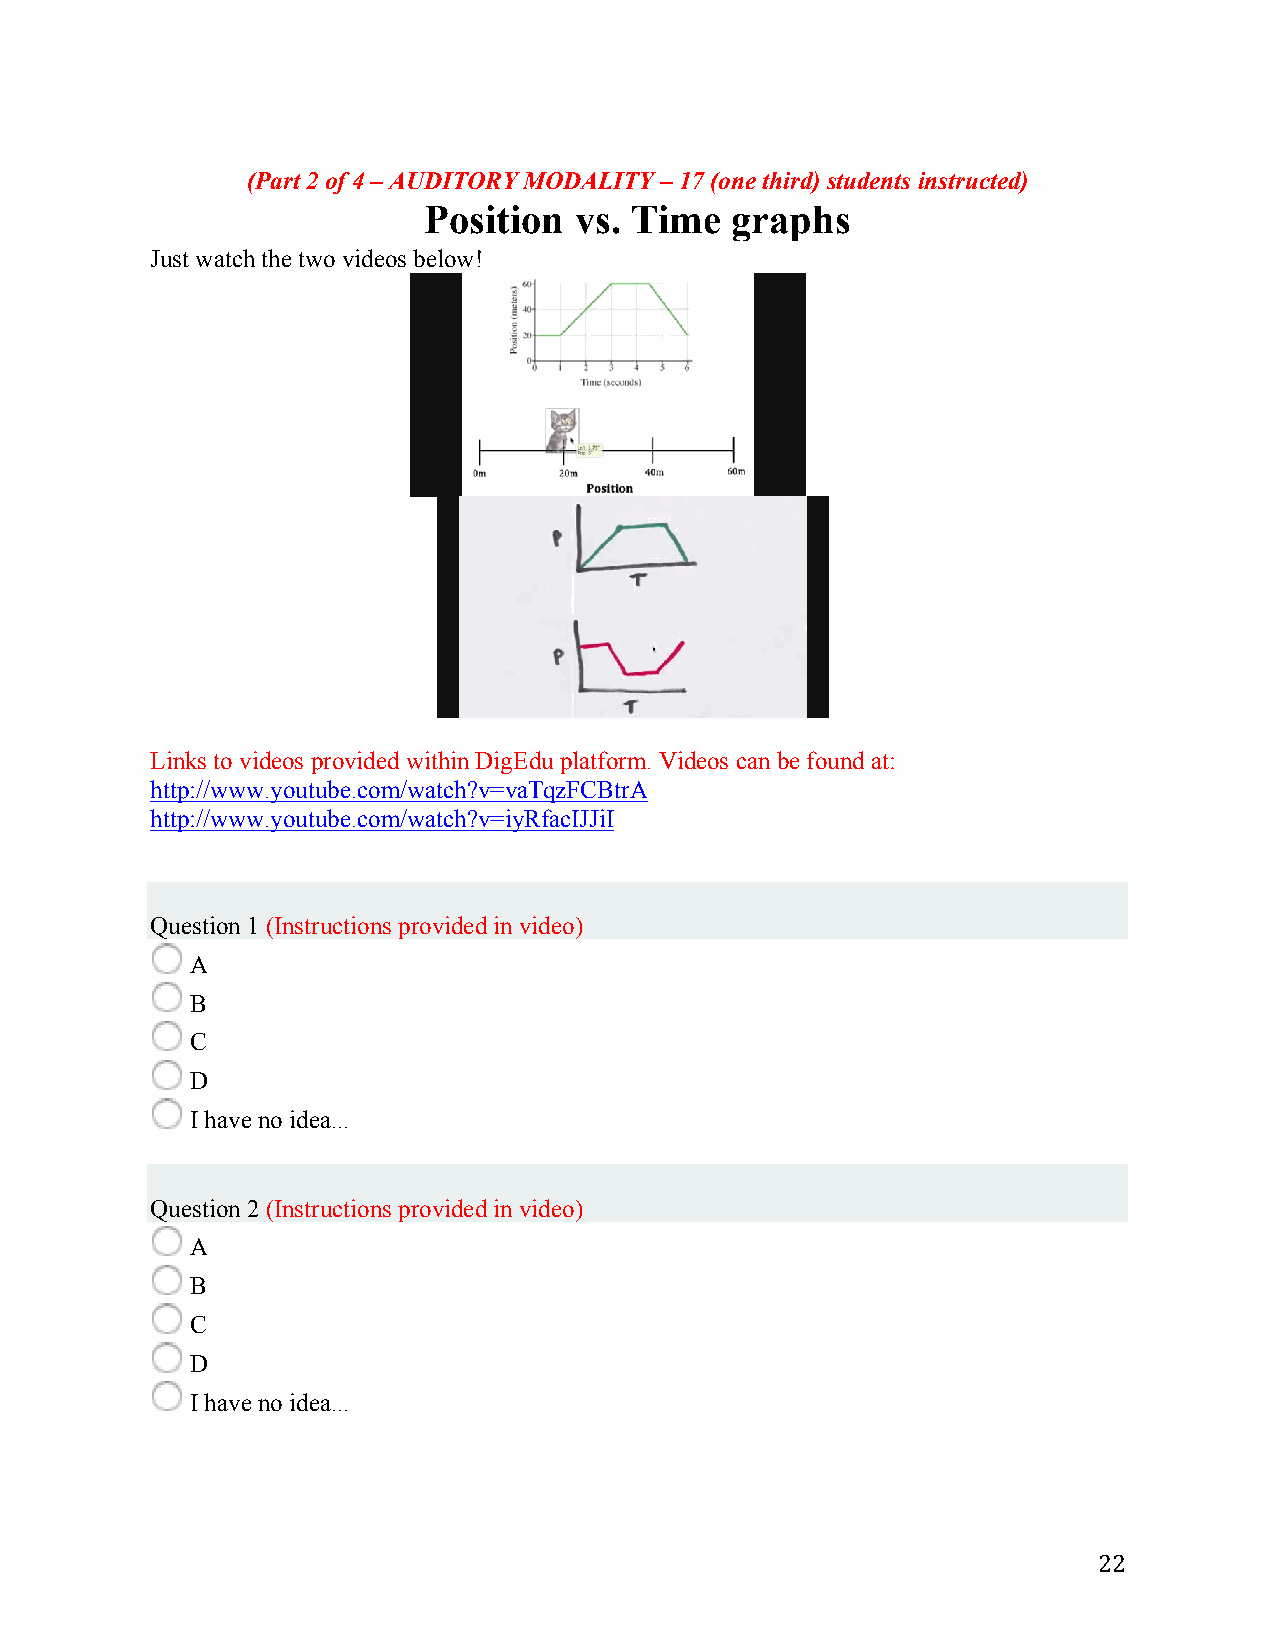
(Part 2 of 4 – AUDITORY MODALITY – 17 (one third) students instructed)
 Position  vs. Time  graphs
 Just watch the two videos below!
 Links to videos provided within DigEdu platform. Videos can be found at:
 http://www.youtube.com/watch?v=vaTqzFCBtrA
 http://www.youtube.com/watch?v=iyRfacIJJiI
 1 point
 Question 1 (Instructions provided in video)
 A
 B
 C
 D
 I have no idea...
 1 point
 Question 2 (Instructions provided in video)
 A
 B
 C
 D
 I have no idea...
 22